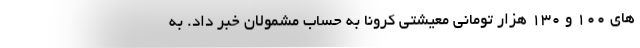
های 100 و 130 هزار تومانی معیشتی کرونا به حساب مشمولان خبر داد. به